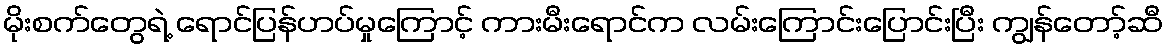
မိုးစက်တွေရဲ့ ရောင်ပြန်ဟပ်မှုကြောင့် ကားမီးရောင်က လမ်းကြောင်းပြောင်းပြီး ကျွန်တော့်ဆီ